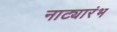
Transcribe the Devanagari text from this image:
नाट्यारंभ